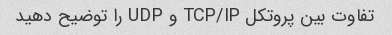
تفاوت بین پروتکل TCP/IP و UDP را توضیح دهید